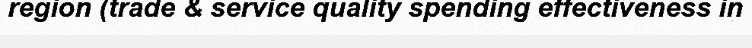
region (trade & service quality spending effectiveness in